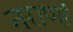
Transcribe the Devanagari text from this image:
नराणां